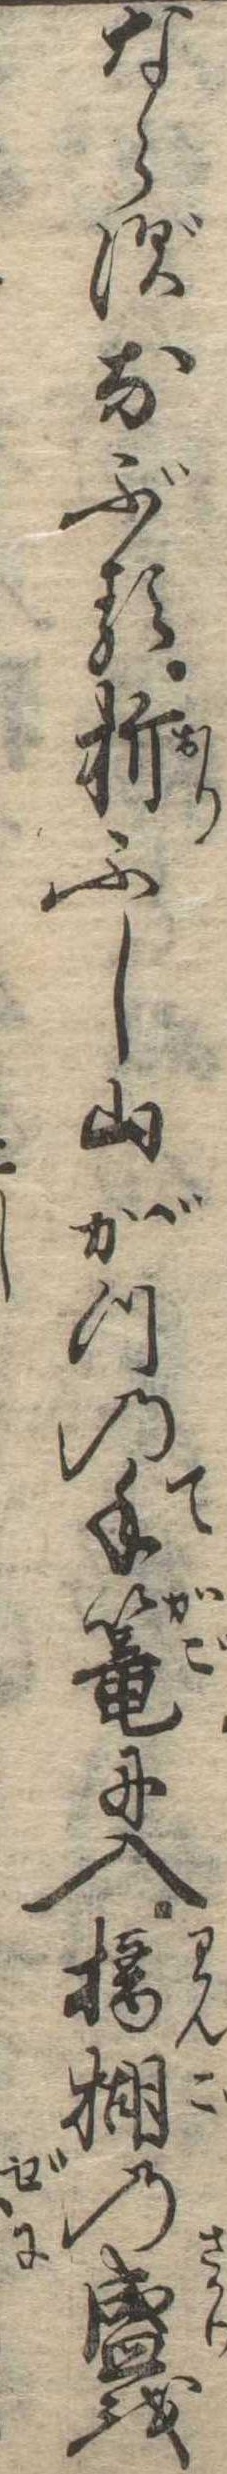
ならずなぶる折ふし山がつの手篭に入檎楜の盛を